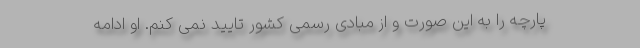
پارچه را به این صورت و از مبادی رسمی کشور تایید نمی کنم. او ادامه